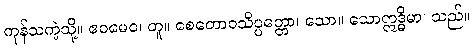
ကုန်သကဲ့သို့။ ဧဝမေဝ၊ တူ။ စေတောဝသိပ္ပတ္တော၊ သော။ သောဣဒ္ဓိမာ၊ သည်။